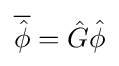
{\overline {\hat {\phi }}}={\hat {G}}{\hat {\phi }}